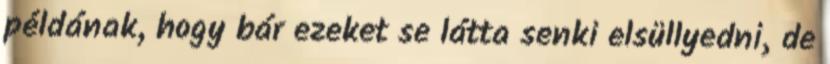
példának, hogy bár ezeket se látta senki elsüllyedni, de